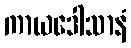
ကာယဒေါသာနံ